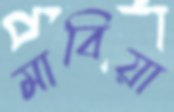
মাবিয়া